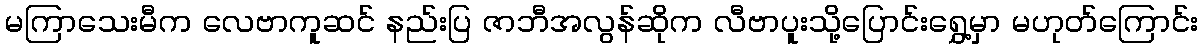
မကြာသေးမီက လေဗာကူဆင် နည်းပြ ဇာဘီအလွန်ဆိုက လီဗာပူးသို့ပြောင်းရွှေ့မှာ မဟုတ်ကြောင်း